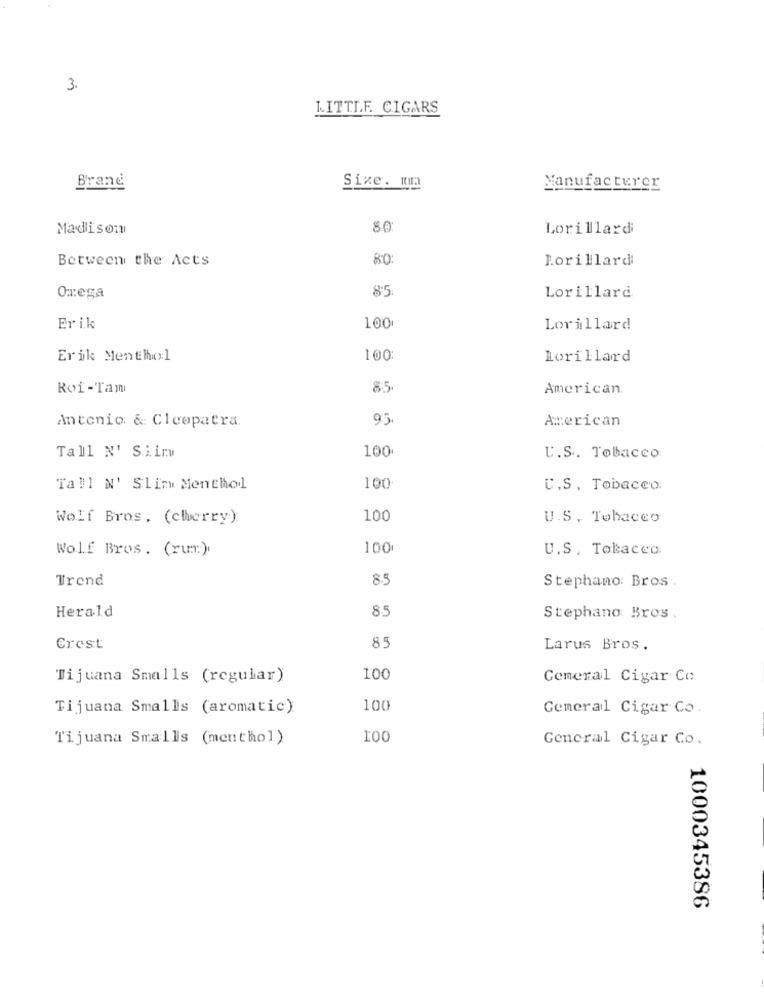
3.
LITTLE CIGARS
Brand
Size. min
Manufacturer
Madison
8.0
Lorillard
Between the Acts
80
Lorillard
85
Omega
Lorillard.
Erik
100
Lorillard
Erik Menthol
100:
Lorillard
Roi-Tam
85
American.
Antonio: & Cleopatra.
95
American
100
Tall N' Siin
U.S. Tobacco
Tall N' Slin Menthol
100
C.S, Tobacco:
Wolf Bros. (cherry).
100
U.S. Tobacco
Wolf Bros. (rum).
100
U.S. Tolaced:
Trend
8.5
Stephano: Bros .
85
Herald
Stephano: Bros.
Crest
85
Larus Bros .
Tijuana Smalls (regular)
100
Cemeral Cigar Co
Tijuana Smalls (aromatic)
100
Gemeral Cigar Co.
Tijuana Smallis (menthol)
100
General Cigar Co.
1000345386